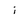
Character: i